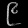
Digit: ၉